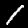
Digit: 1